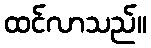
ထင်လာသည်။